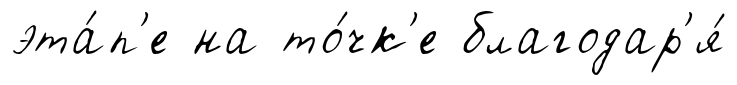
эта́п'е на то́чк'е благодар'я́